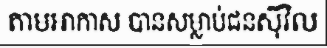
តាមអាកាស បានសម្លាប់ជនស៊ីវិល